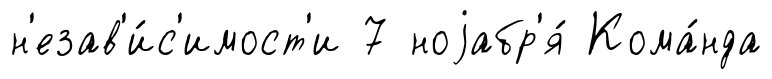
н'езав'и́с'имост'и 7 ноjабр'я́ Кома́нда